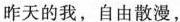
昨天的我，自由散漫，